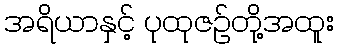
အရိယာနှင့် ပုထုဇဉ်တို့အထူး